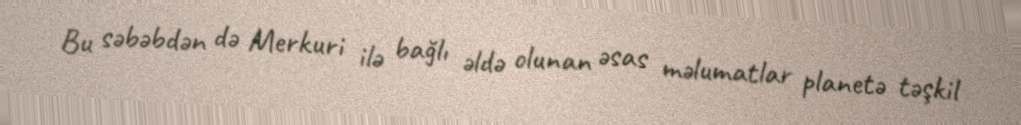
Bu səbəbdən də Merkuri ilə bağlı əldə olunan əsas məlumatlar planetə təşkil